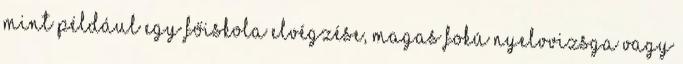
mint például egy főiskola elvégzése, magas fokú nyelvvizsga vagy